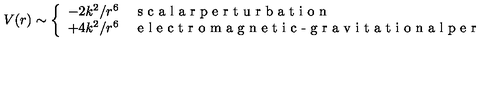
V ( r ) \sim \left\{ \begin{array} { c l } { - 2 k ^ { 2 } / r ^ { 6 } } & { \textrm { s c a l a r p e r t u r b a t i o n } } \\ { + 4 k ^ { 2 } / r ^ { 6 } } & { \textrm { e l e c t r o m a g n e t i c - g r a v i t a t i o n a l p e r t u r b a t i o n } } \\ \end{array} \right.